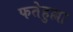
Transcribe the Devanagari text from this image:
फतेहुल्ला